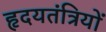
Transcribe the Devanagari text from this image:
हृदयतंत्रियों